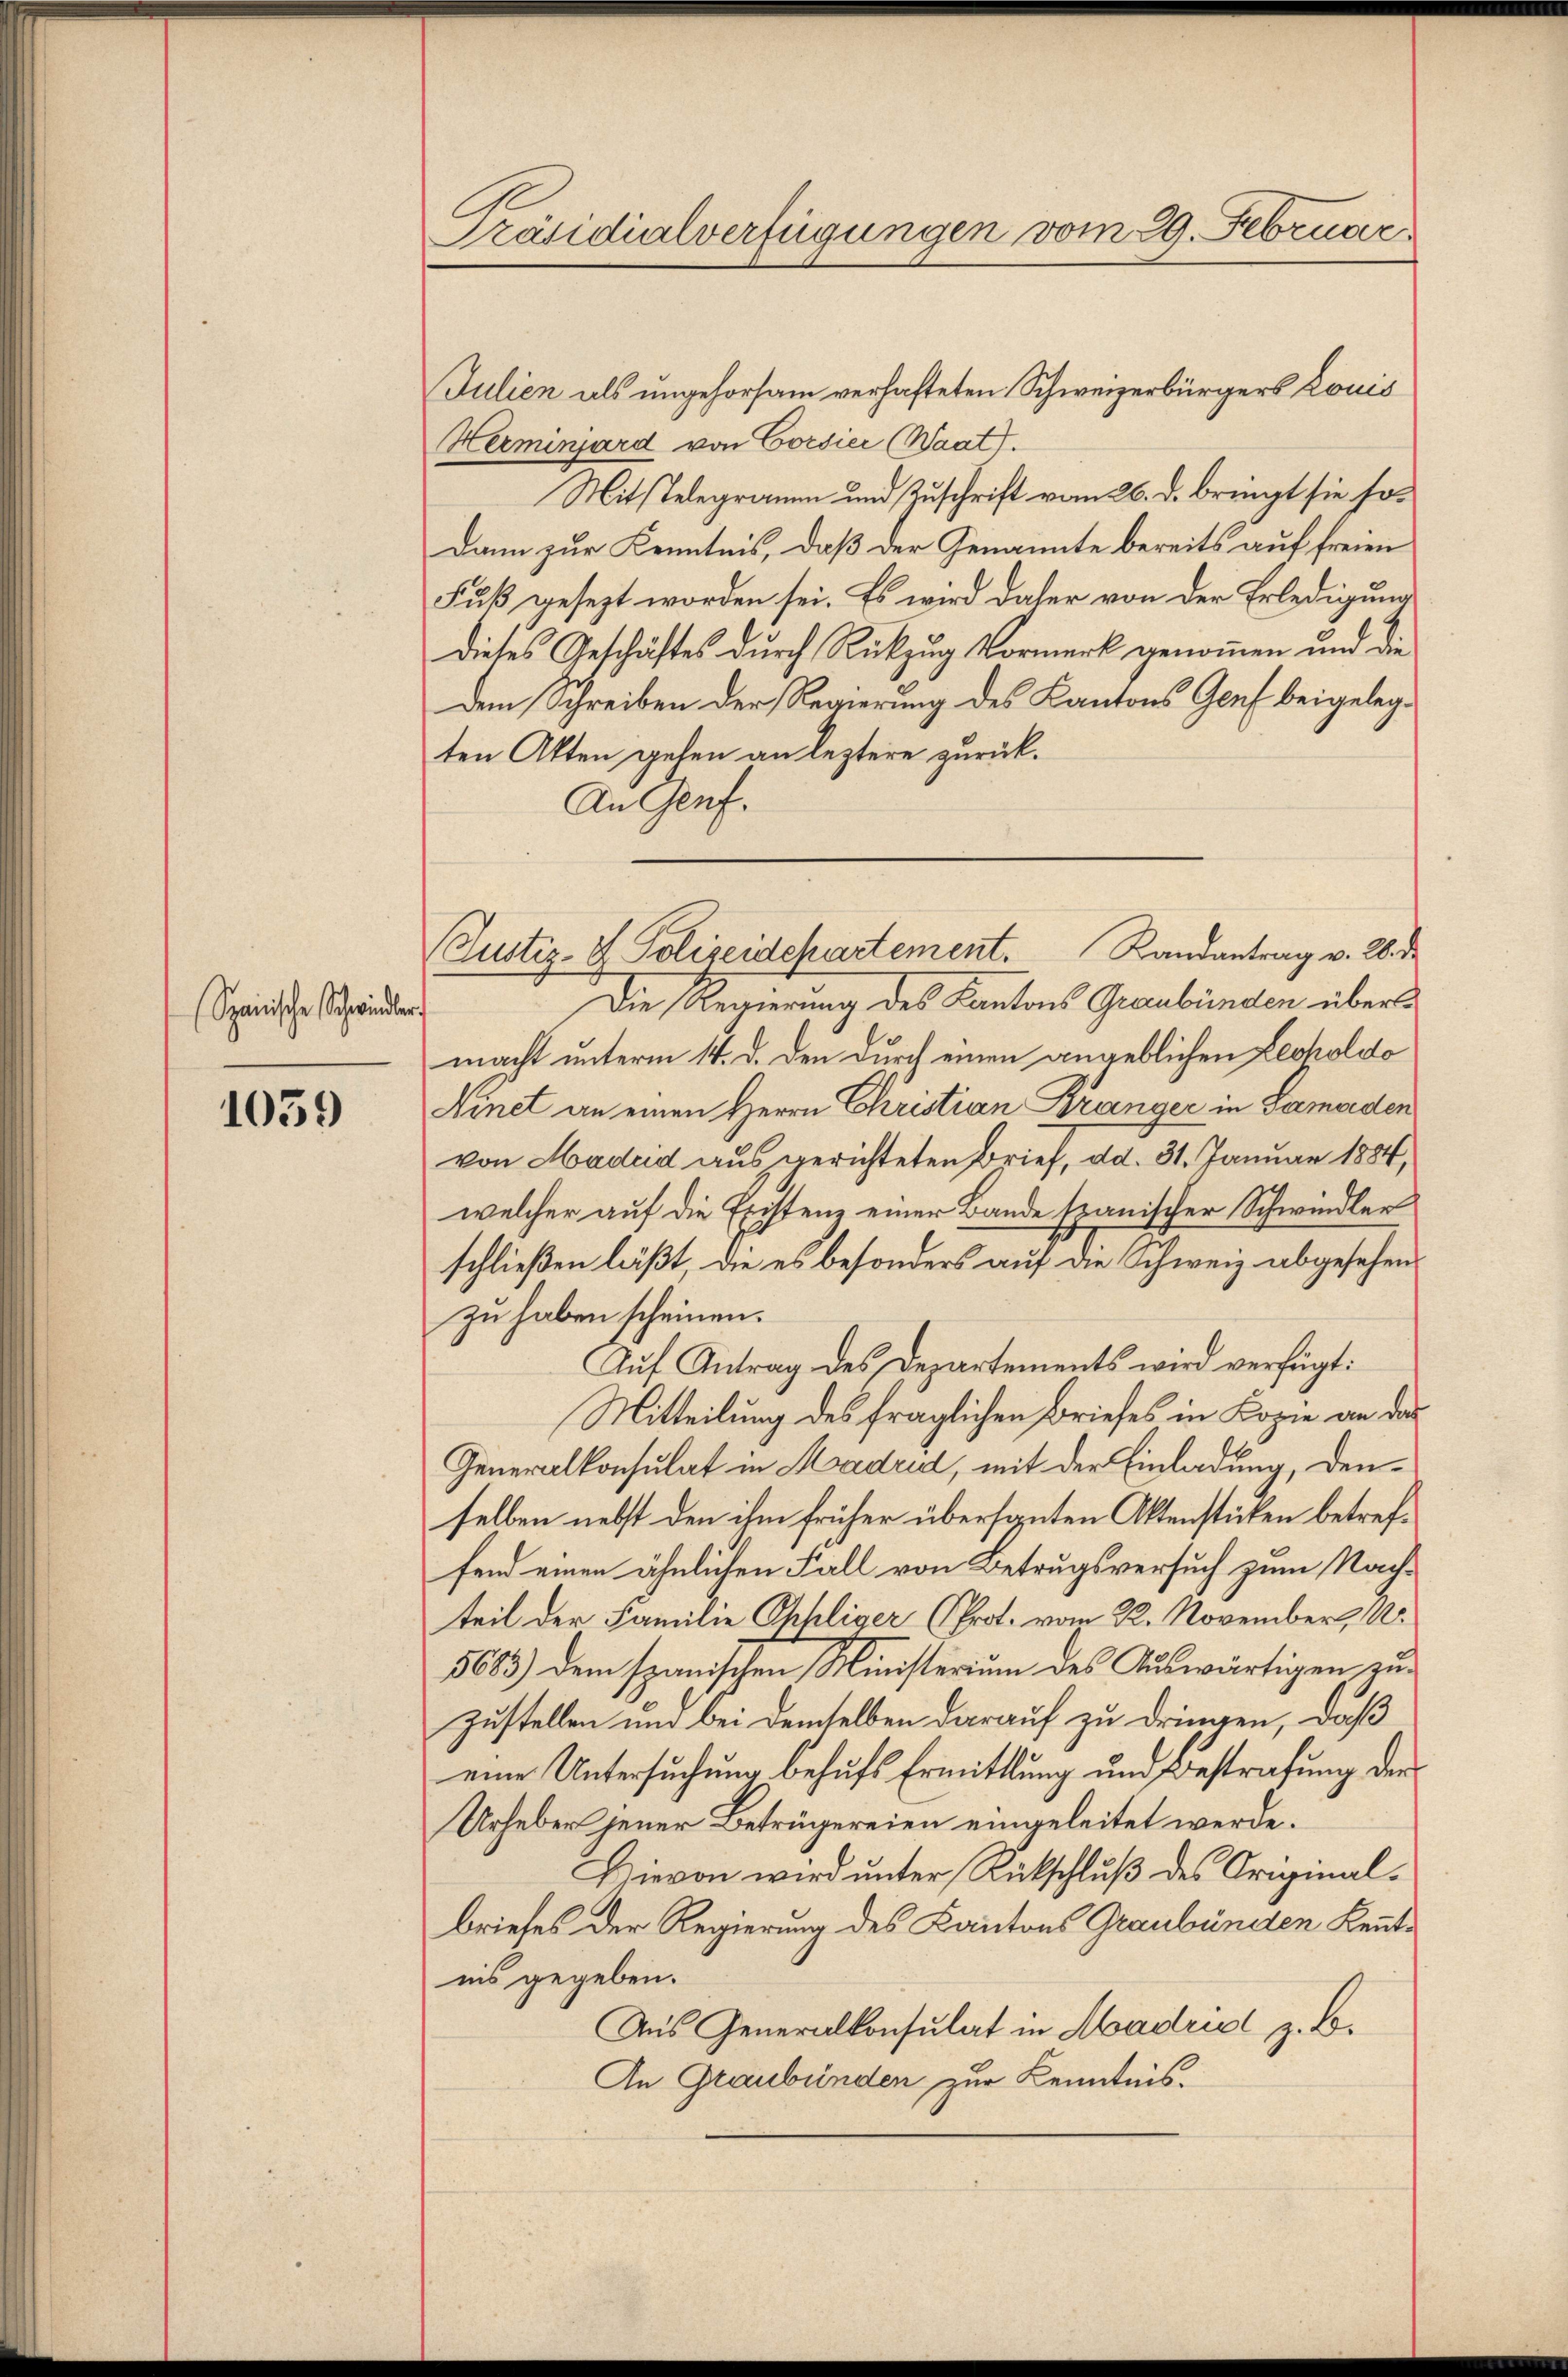
Spanische Schwindler.

1059

Präsidialverfügungen vom 29. Februar

Julien als ungehorsam verhafteten Schweizerbürgers Louis
Herminard von Corsier (Waat.
Mitstelegrammen und Zuschrift vom 26. d. bringt sie so¬
Dann zur Kenntnis, daß der Genannte bereits auf freien
Fuß gesezt worden sei. Es wird daher von der Erledigung
dieses Geschäftes durch Rückzug Vormerk genommen und die
Dem Schreiben der Regierung des Kantons Genf beigelegten Akten gehen an leztere zurück¬
An Genf.
Die Regierung des Kantons Graubünden über
macht unterm 14. d. den durch einen angeblichen Lecholdo
Linet an einen Herrn Christian Branger in Samarden
von Maded aus gerichteten Brief, dd. 31. Januar 1884,
welcher auf die Existenz einer Bande spanischer Schwindler
schließen läßt, die es besonders auf die Schweiz abgesehen
zu haben scheinen.
Auf Antrag des Departements wird verfügt:
Mitteilung des fraglichen Briefes in Kopie an das
Generalkonsulat in Madrid, mit der Einladung, denselben nebst den ihm früher übersanten Aktenstücken betreffend einen ähnlichen Fall von Betrugsversuch zum Nachteil der Familie Ohhliger (Prot. vom 22. November, 14.
5683) dem spanischen Ministerium des Auswärtigen zu¬
Zustellen und bei demselben darauf zu dringen, daß
eine Untersuchung behufs Ermittlung und Bestrafung der
Urheber jener Betrügereien eingeleitet werde.
Dievon wird unter Rückschluß des Originalbriefes der Regierung des Kantons Graubünden Kenntnis gegeben.
Aus Generalkonsulat in Madrist z. So¬
An Graubünden zur Kenntnis.

Justiz- & Polizeidchartement. Randantrag v. 26. d.